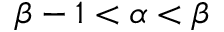
\beta - 1 < \alpha < \beta